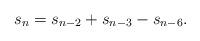
LaTeX: \begin{align*}s_n= s_{n-2}+s_{n-3}-s_{n-6}.\end{align*}